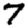
Digit: 7